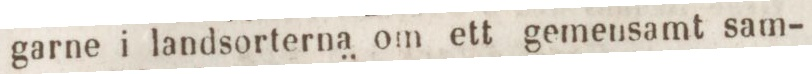
garne i landsorterna om ett gemensamt sam-